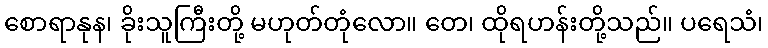
စောရာနုန၊ ခိုးသူကြီးတို့ မဟုတ်တုံလော။ တေ၊ ထိုရဟန်းတို့သည်။ ပရေသံ၊